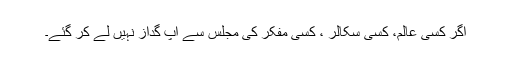
اگر کسی عالم، کسی سکالر ، کسی مفکر کی مجلس سے آپ گداز نہیں لے کر گئے۔